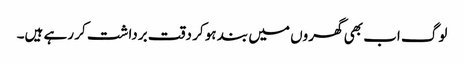
لوگ اب بھی گھروں میں بند ہو کر دقت برداشت کر رہے ہیں۔